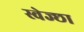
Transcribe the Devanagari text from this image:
स्वेज्छा